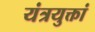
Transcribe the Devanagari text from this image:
यंत्रयुक्तां